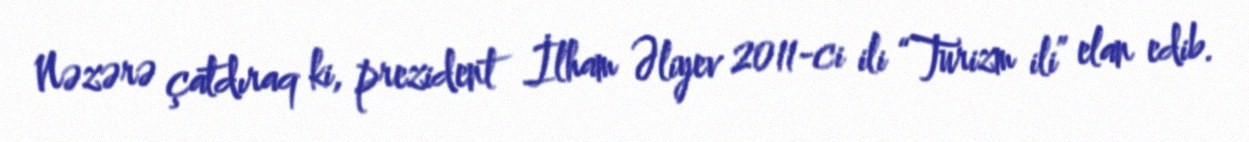
Nəzərə çatdıraq ki, prezident İlham Əliyev 2011-ci ili “Turizm ili” elan edib.